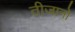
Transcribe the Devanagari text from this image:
तीजानो